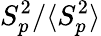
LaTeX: S_{p}^{2}/\langle S_{p}^{2}\rangle